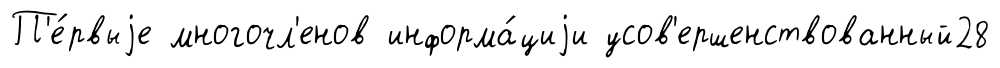
П'е́рвыjе многочл'енов информа́циjи усов'ершенствованный28